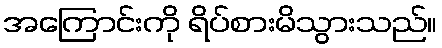
အကြောင်းကို ရိပ်စားမိသွားသည်။